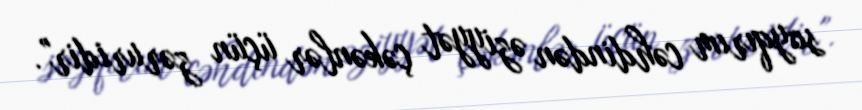
soyqırım cəhdindən əziyyət çəkənlər üçün zəruridir".